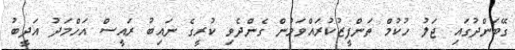
ގޭބަންދުގައި ޖަލު ހުކުމް ތަންފީޒުކުރައްވަމުން ގެންދެވި ކުރީގެ ނައިބު ރައީސް އަހްމަދު އަދީބު